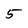
Character: 5